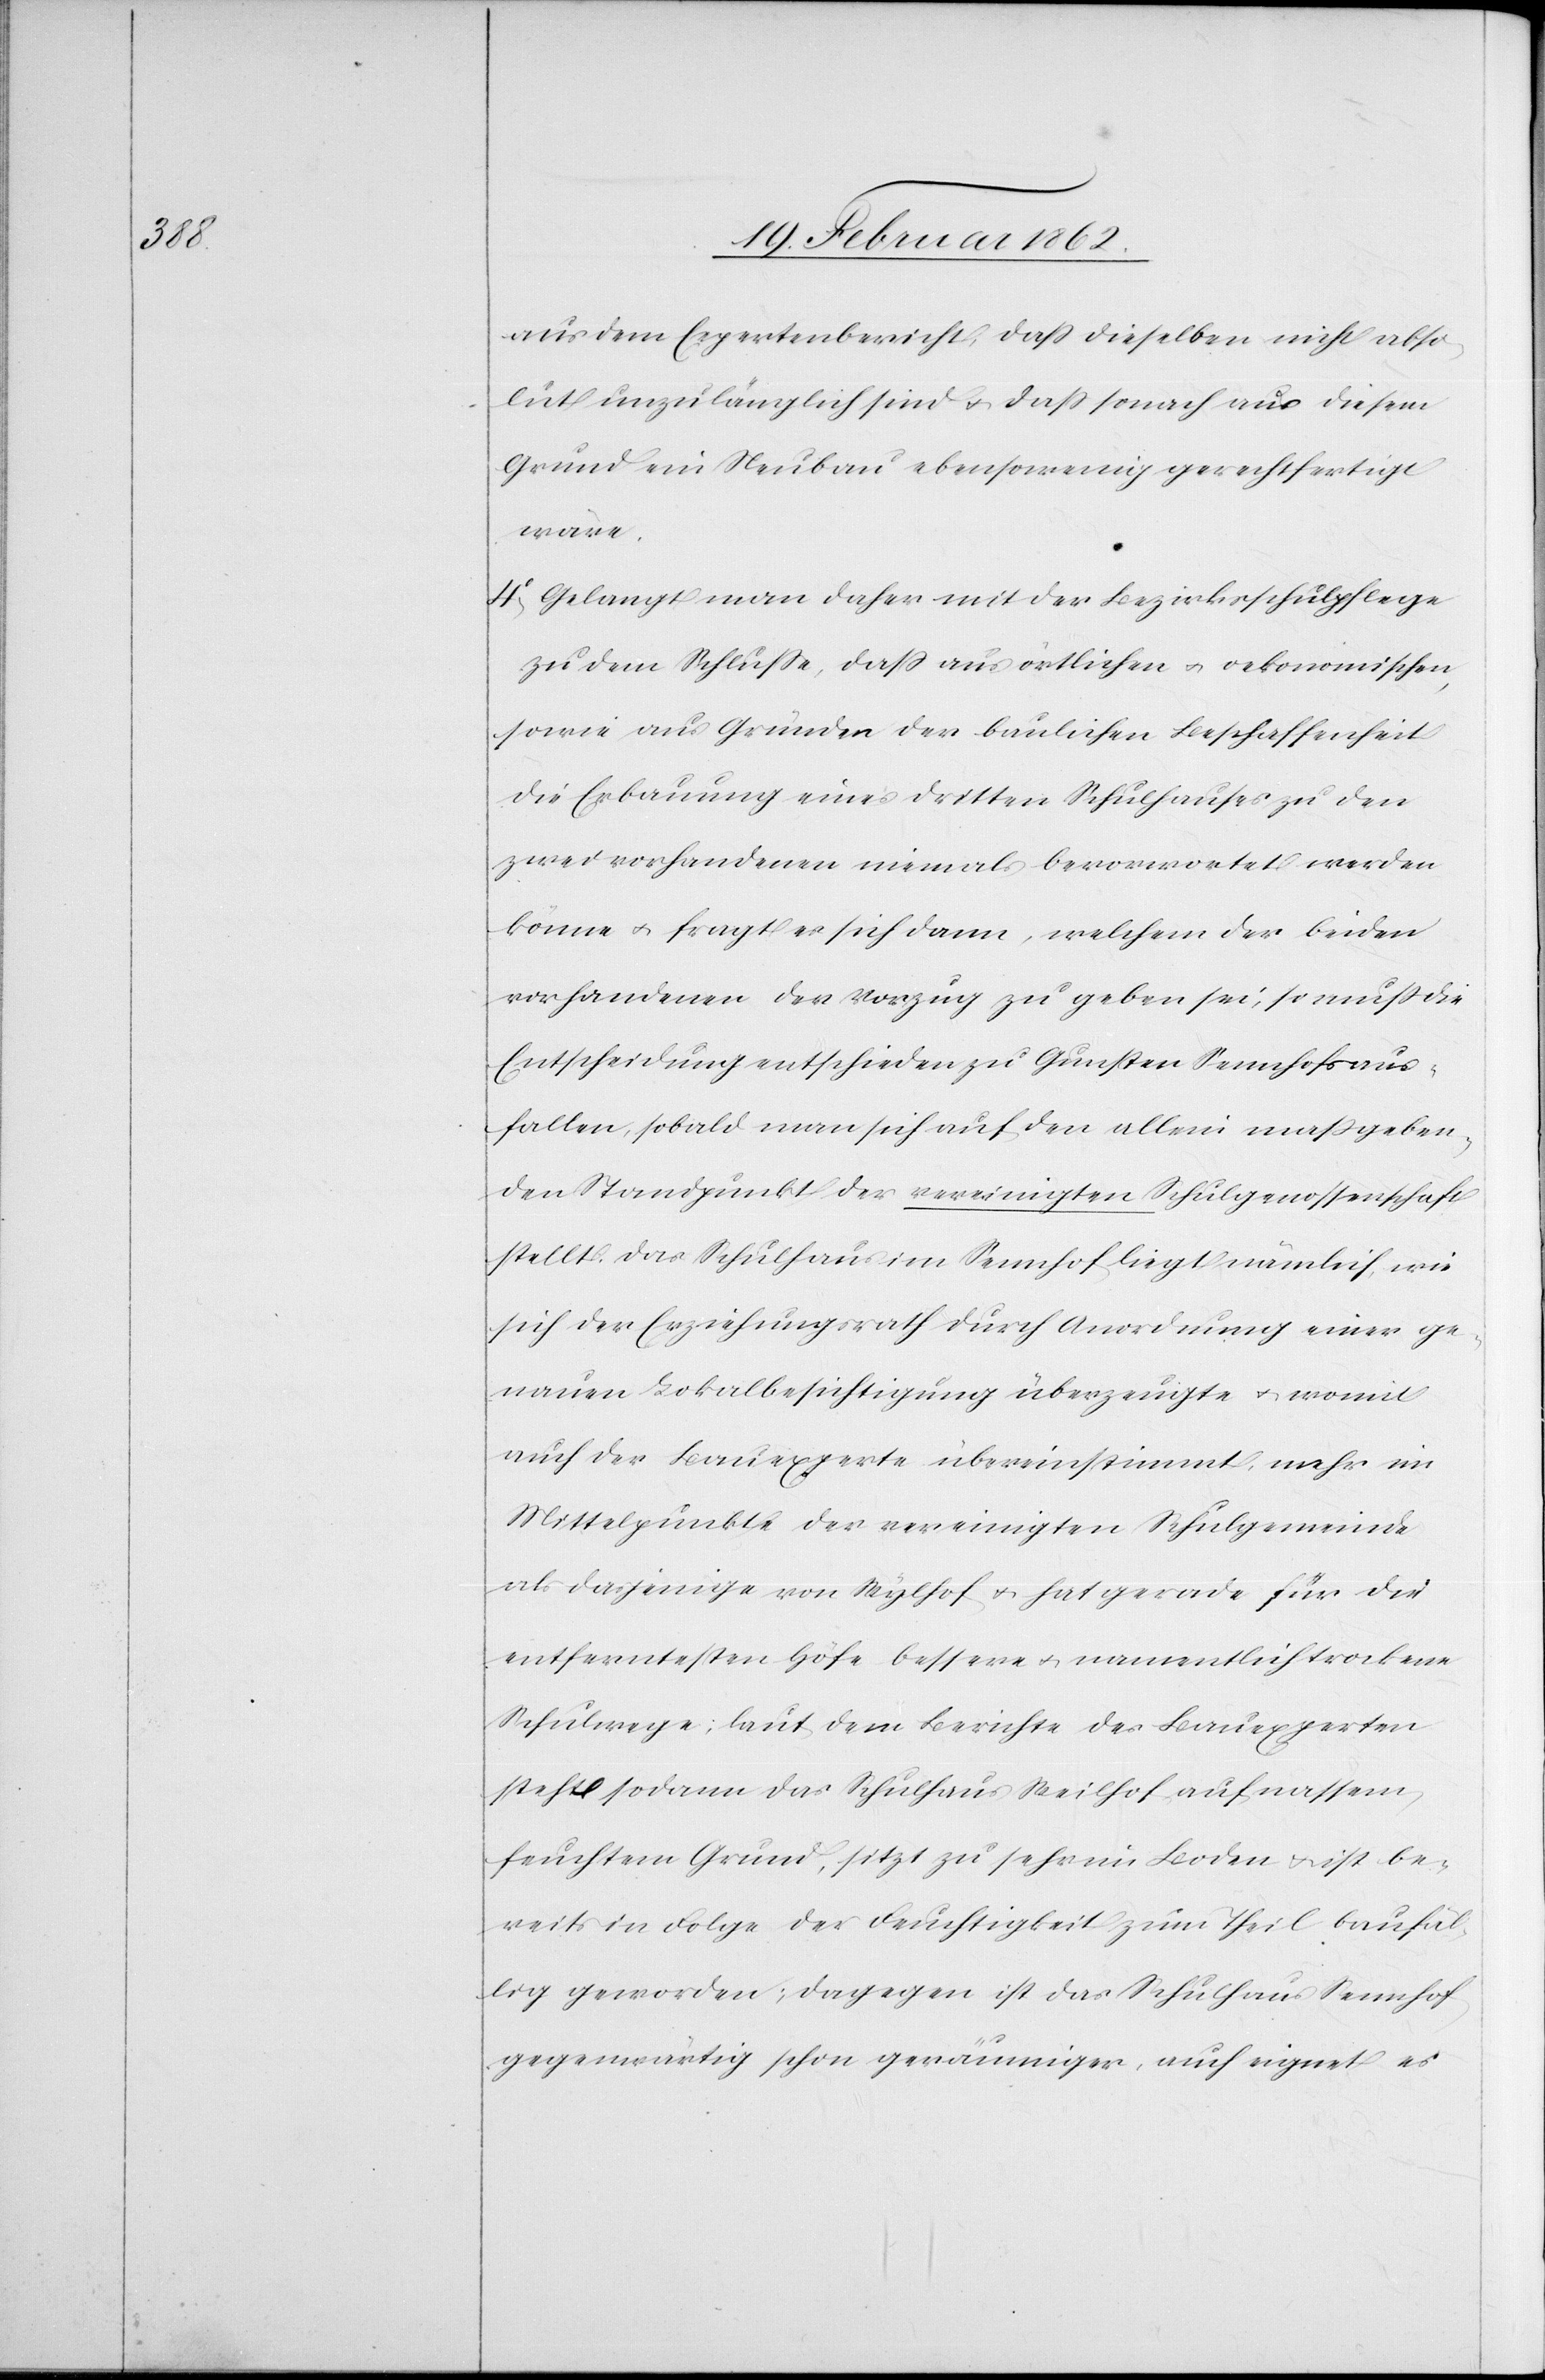
aus dem Expertenbericht, daß dieselben nicht abso¬
lut unzulänglich sind u. daß sonach aus diesem
Grund ein Neubau ebensowenig gerechtfertigt
wäre.
4) Gelangt man daher mit der Bezirksschulpflege
zu dem Schluße, daß aus örtlichen u. oekonomischen,
sowie aus Gründen der baulichen Beschaffenheit
die Erbauung eines dritten Schulhauses zu den
zwei vorhandenen niemals bevorwortet werden
könne u. fragt es sich dann, welchem der beiden
vorhandenen der Vorzug zu geben sei, so muß die
Entscheidung entschieden zu Gunsten Sennhofs aus¬
fallen, sobald man sich auf den allein maßgeben¬
den Standpunkt der vereinigten Schulgenossenschaft
stellt. Das Schulhaus im Sennhof liegt nämlich, wie
sich der Erziehungsrath durch Anordnung einer ge¬
nauen Lokalbesichtigung überzeugte u. womit
auch der Bauexperte übereinstimmt, mehr im
Mittelpunkte der vereinigten Schulgemeinde
als dasjenige von Wylhof u. hat gerade für die
entferntesten Höfe bessere u. namentlich trockene
Schulwege; laut dem Berichte des Bauexperten
steht sodann das Schulhaus Weilhof auf nassem,
feuchtem Grund, sitzt zu sehr im Boden u. ist be¬
reits in Folge der Feuchtigkeit zum Theil baufäl¬
lig geworden; dagegen ist das Schulhaus Sennhof
gegenwärtig schon geräumiger, auch eignet es